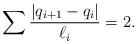
LaTeX: \begin{align*}\sum \frac{|q_{i+1}-q_{i}|}{\ell_i}=2. \end{align*}